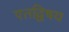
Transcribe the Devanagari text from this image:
एतद्विषय